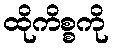
ထိုကိစ္စကို